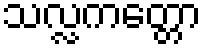
သလ္လကတ္တော